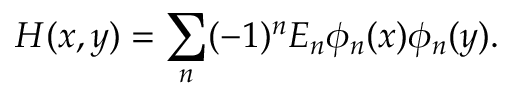
H ( x , y ) = \sum _ { n } ( - 1 ) ^ { n } E _ { n } \phi _ { n } ( x ) \phi _ { n } ( y ) .